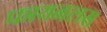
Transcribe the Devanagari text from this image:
फायनलस